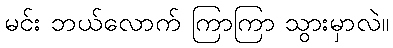
မင်း ဘယ်လောက် ကြာကြာ သွားမှာလဲ။